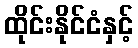
ထိုင်းနိုင်ငံနှင့်